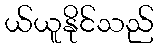
ယ်ယူနိုင်သည်